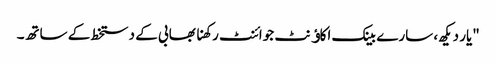
"یار دیکھ، سارے بینک اکاﺅنٹ جوائنٹ رکھنا بھابی کے دستخط کے ساتھ۔